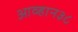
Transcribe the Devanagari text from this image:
आव्हान३८